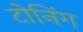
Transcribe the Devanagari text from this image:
टोनिंग